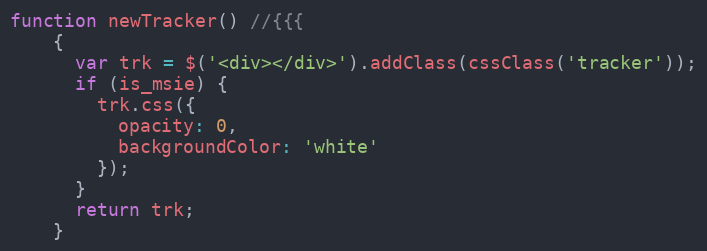
Language: JavaScript
function newTracker() //{{{
    {
      var trk = $('<div></div>').addClass(cssClass('tracker'));
      if (is_msie) {
        trk.css({
          opacity: 0,
          backgroundColor: 'white'
        });
      }
      return trk;
    }